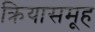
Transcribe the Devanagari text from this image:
क्रियासमूह